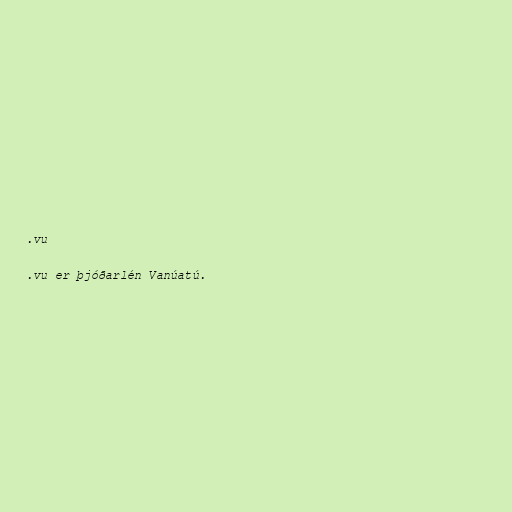
.vu

.vu er þjóðarlén Vanúatú.